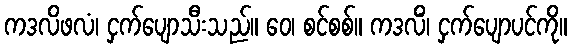
ကဒလိဖလံ၊ ငှက်ပျောသီးသည်။ ဝေ၊ စင်စစ်။ ကဒလိံ၊ ငှက်ပျောပင်ကို။